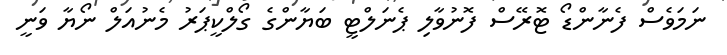
ނަމަވެސް ފެނާންޑޯ ޓޮރޭސް ފޮނުވާލި ޕެނަލްޓީ ބަޔާންގެ ގޯލްކީޕަރު މެނުއަލް ނޯޔާ ވަނީ